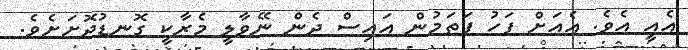
އެއީ އެވެ. އެއަށް ފަހު ފަތަމުން އައިސް ދެން ނޭވާލީ މެރާކީ ގޮނޑުދޮށަށެވެ.